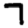
Digit: 7